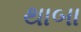
થાબા